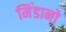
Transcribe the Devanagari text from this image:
मिंडानो